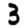
Digit: 3